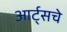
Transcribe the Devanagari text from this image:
आर्ट्सचे